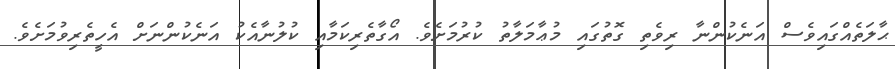
ޙާލަތެއްގައިވެސް އަނެކުންނާ ރިވެތި ގޮތުގައި މުޢާމަލާތު ކުރުމަށެވެ. އޯގާތެރިކަމާއި ކުލުނާއެކު އަނެކުންނަށް އެހީތެރިވުމަށެވެ.